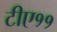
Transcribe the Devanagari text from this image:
टीए११